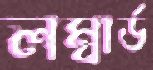
লম্বার্ড